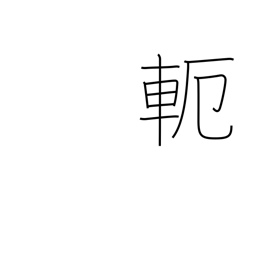
Meaning: yoke